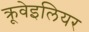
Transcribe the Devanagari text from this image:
क्रूवेइलियर